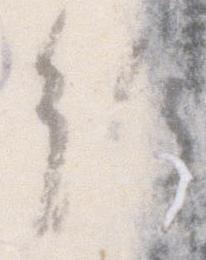
給